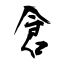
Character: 倉